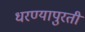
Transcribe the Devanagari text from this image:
धरण्यापुरती